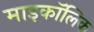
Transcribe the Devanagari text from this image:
माइकॉलिक